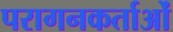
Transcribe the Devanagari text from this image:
परागनकर्ताओं